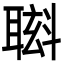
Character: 𮋸